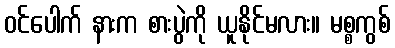
ဝင်ပေါက် နားက စားပွဲကို ယူနိုင်မလား။ မစ္စကွစ်